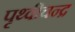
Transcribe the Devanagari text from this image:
पृथ्वीचन्द्र